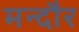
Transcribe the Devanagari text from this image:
मन्दौर